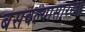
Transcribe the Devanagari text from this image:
बसवल्यासारखा